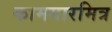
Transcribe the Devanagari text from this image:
कामगारमित्र